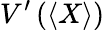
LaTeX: V^{\prime}\left(\left\langle X\right\rangle\right)